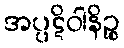
အပ္ပဋိဝါနိဉ္စ